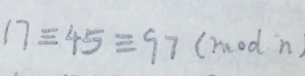
1 7 \equiv 4 5 \equiv 9 7 ( m o d n )